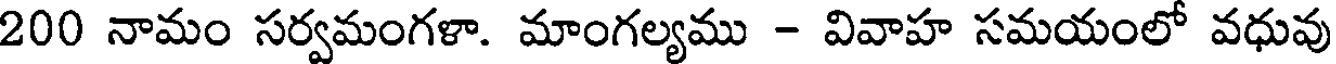
200 నామం సర్వమంగళా. మాంగల్యము - వివాహ సమయంలో వధువు